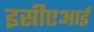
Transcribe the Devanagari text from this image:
इसीएआई